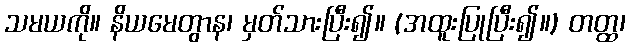
သမယကို။ နိယမေတွာန၊ မှတ်သားပြီး၍။ (အထူးပြုပြီး၍။) တတ္ထ၊